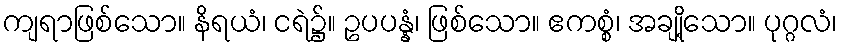
ကျရာဖြစ်သော။ နိရယံ၊ ငရဲ၌။ ဥပပန္နံ၊ ဖြစ်သော။ ဧကစ္စံ၊ အချို့သော။ ပုဂ္ဂလံ၊